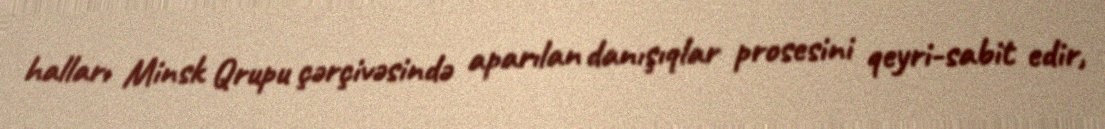
halları Minsk Qrupu çərçivəsində aparılan danışıqlar prosesini qeyri-sabit edir,